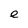
Character: e